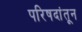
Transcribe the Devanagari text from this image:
परिषदांतून